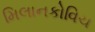
મિલાનકોવિચ